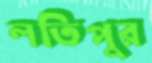
লতিপুর